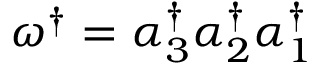
\omega ^ { \dagger } = \alpha _ { 3 } ^ { \dagger } \alpha _ { 2 } ^ { \dagger } \alpha _ { 1 } ^ { \dagger }